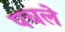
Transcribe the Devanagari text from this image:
पचले